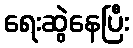
ရေးဆွဲနေပြီး